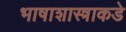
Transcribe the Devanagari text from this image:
भाषाशास्त्राकडे